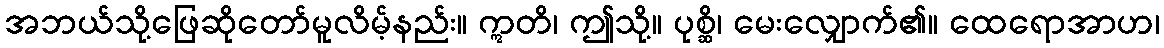
အဘယ်သို့ဖြေဆိုတော်မူလိမ့်နည်း။ ဣတိ၊ ဤသို့။ ပုစ္ဆိ၊ မေးလျှောက်၏။ ထေရောအာဟ၊